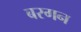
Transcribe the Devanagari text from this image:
बरगन